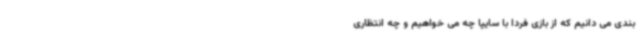
بندی می دانیم که از بازی فردا با سایپا چه می خواهیم و چه انتظاری